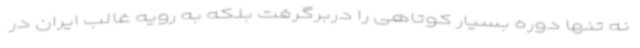
نه تنها دوره بسیار کوتاهی را دربرگرفت بلکه به رویه غالب ایران در